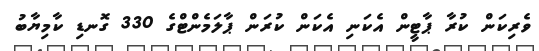
ވެރިކަން ކުރާ ޕާޓީން އެކަނި އެކަން ކުރަން ޕާލަމެންޓްގެ 330 ގޮނޑި ކާމިޔާބު